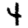
Digit: 4